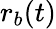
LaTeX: r_{b}(t)